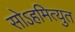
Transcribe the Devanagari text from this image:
सोऽहमित्युत